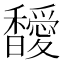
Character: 𩡣